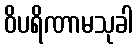
ဝိပရိဏာမသုခါ